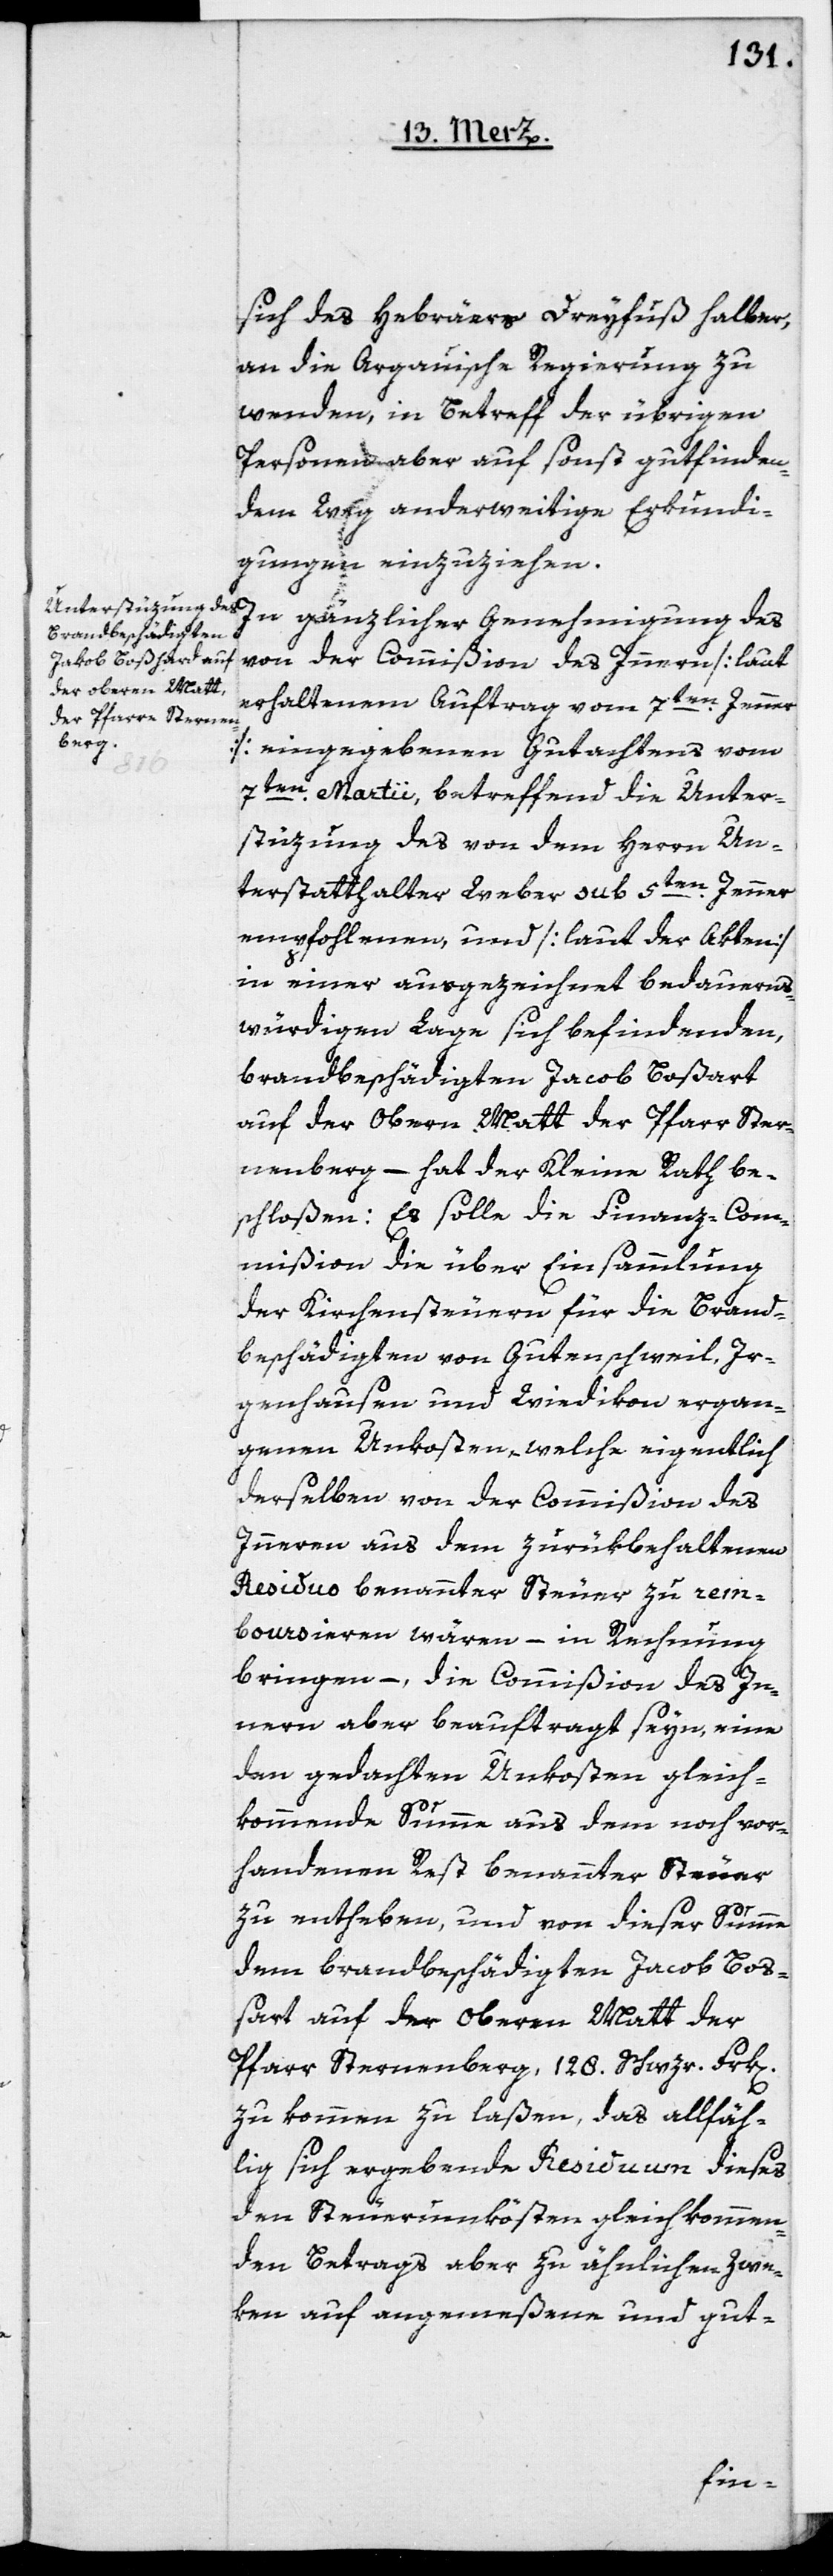
des Hebräers Dreyfuß halber,
an die Argauische Regierung zu
wenden, in Betreff der übrigen
Personen aber auf sonst gutfinden¬
dem Weg anderweitige Erkundi¬
gungen einzuziehen.
von der Commißion des Innern [laut
erhaltenem Auftrag vom 7ten Jenner]
eingegebenen Gutachtens vom
7ten Martii, betreffend die Unter¬
stüzung des von dem Herrn Un¬
terstatthalter Weber sub 5ten Jenner
empfohlenen, und [laut der Akten]
in einer ausgezeichnet bedauerns¬
würdigen Lage sich befindenden,
brandbeschädigten Jacob Boßart
auf der Oberen Matt der Pfarr Ster¬
nenberg, – hat der Kleine Rath be¬
schloßen: Es solle die Finanz-Com¬
mißion die über Einsammlung
der Kirchensteuern für die Brand¬
beschädigten von Gutenschweil, Ir¬
genhausen und Wiedikon ergan¬
genen Unkosten, welche eigentlich
derselben von der Commißion des
Inneren aus dem zurükbehaltenen
Residuo benannter Steuer zu rem¬
boursieren wären, – in Rechnung
bringen, – die Commißion der In¬
nern aber beauftragt seyn, eine
den gedachten Unkosten gleich¬
kommende Summe aus dem noch vor¬
handenen Rest benannter Steuer
zu entheben, und von dieser Summe
dem brandbeschädigten Jacob Boß¬
art auf der Oberen Matt der
Pfarr Sternenberg, 128. Schzr. Frk[en]
zukommen zu laßen, das allfäh¬
lig sich ergebende Reviduum dieses
den Steuerunkösten gleichkommen¬
den Betrags aber zu ähnlichen Zwe¬
ken auf angemeßene und gut-